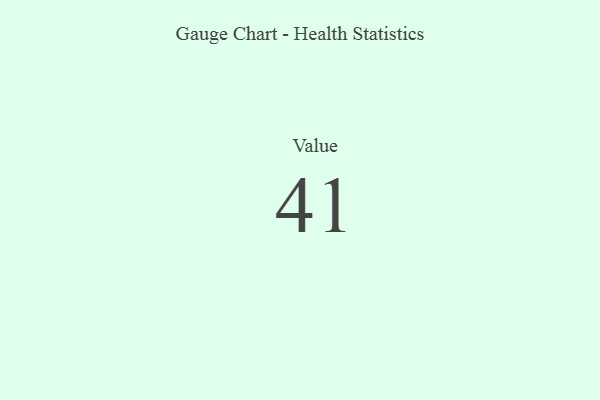
{"axis": {"x": "Metric", "y": "Value"}, "legend": [""], "data": [{"x": "Value", "y": 41, "type": ""}]}